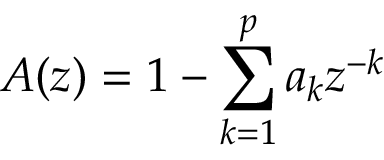
A ( z ) = 1 - \sum _ { k = 1 } ^ { p } a _ { k } z ^ { - k }